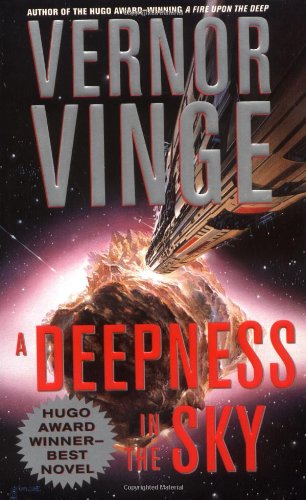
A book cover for A Deepness in the Sky (Zones of Thought); Vernor Vinge; Science Fiction & Fantasy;